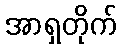
အာရှတိုက်